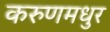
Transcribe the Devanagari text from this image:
करुणमधुर